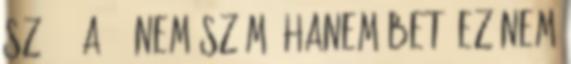
szó''' A 99 nem szám, hanem betű ez nem